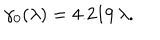
\gamma _ { 0 } ( \lambda ) = 4 . 2 1 9 \, \lambda .